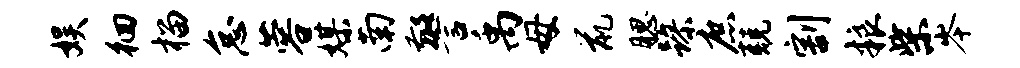
娱徊榴怠蓉媒南警禹母鼠腮躁庶兢割粮柴岑